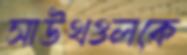
সাউথওলকে